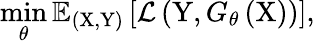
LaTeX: \operatorname*{min}_{\theta}\mathbb{E}_{(\mathrm{X},\mathrm{Y})}\left[\mathcal{L}\left(\mathrm{Y},G_{\theta}\left(\mathrm{X}\right)\right)\right],